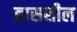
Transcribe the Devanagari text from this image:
ह्रासशील